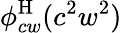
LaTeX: \phi_{cw}^{\mathrm{H}}(c^{2}w^{2})